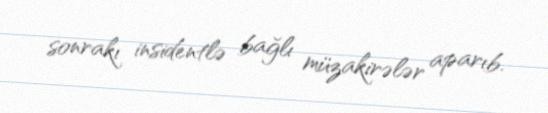
sonrakı insidentlə bağlı müzakirələr aparıb.